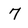
Character: 7